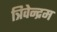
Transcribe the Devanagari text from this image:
त्रिवेन्‍द्रम